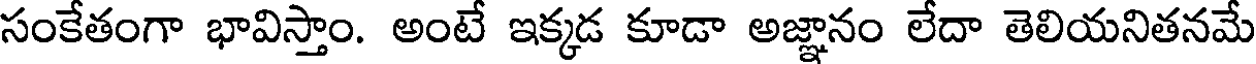
సంకేతంగా భావిస్తాం. అంటే ఇక్కడ కూడా అజ్ఞానం లేదా తెలియనితనమే